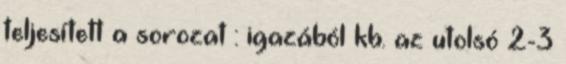
teljesített a sorozat : igazából kb. az utolsó 2-3